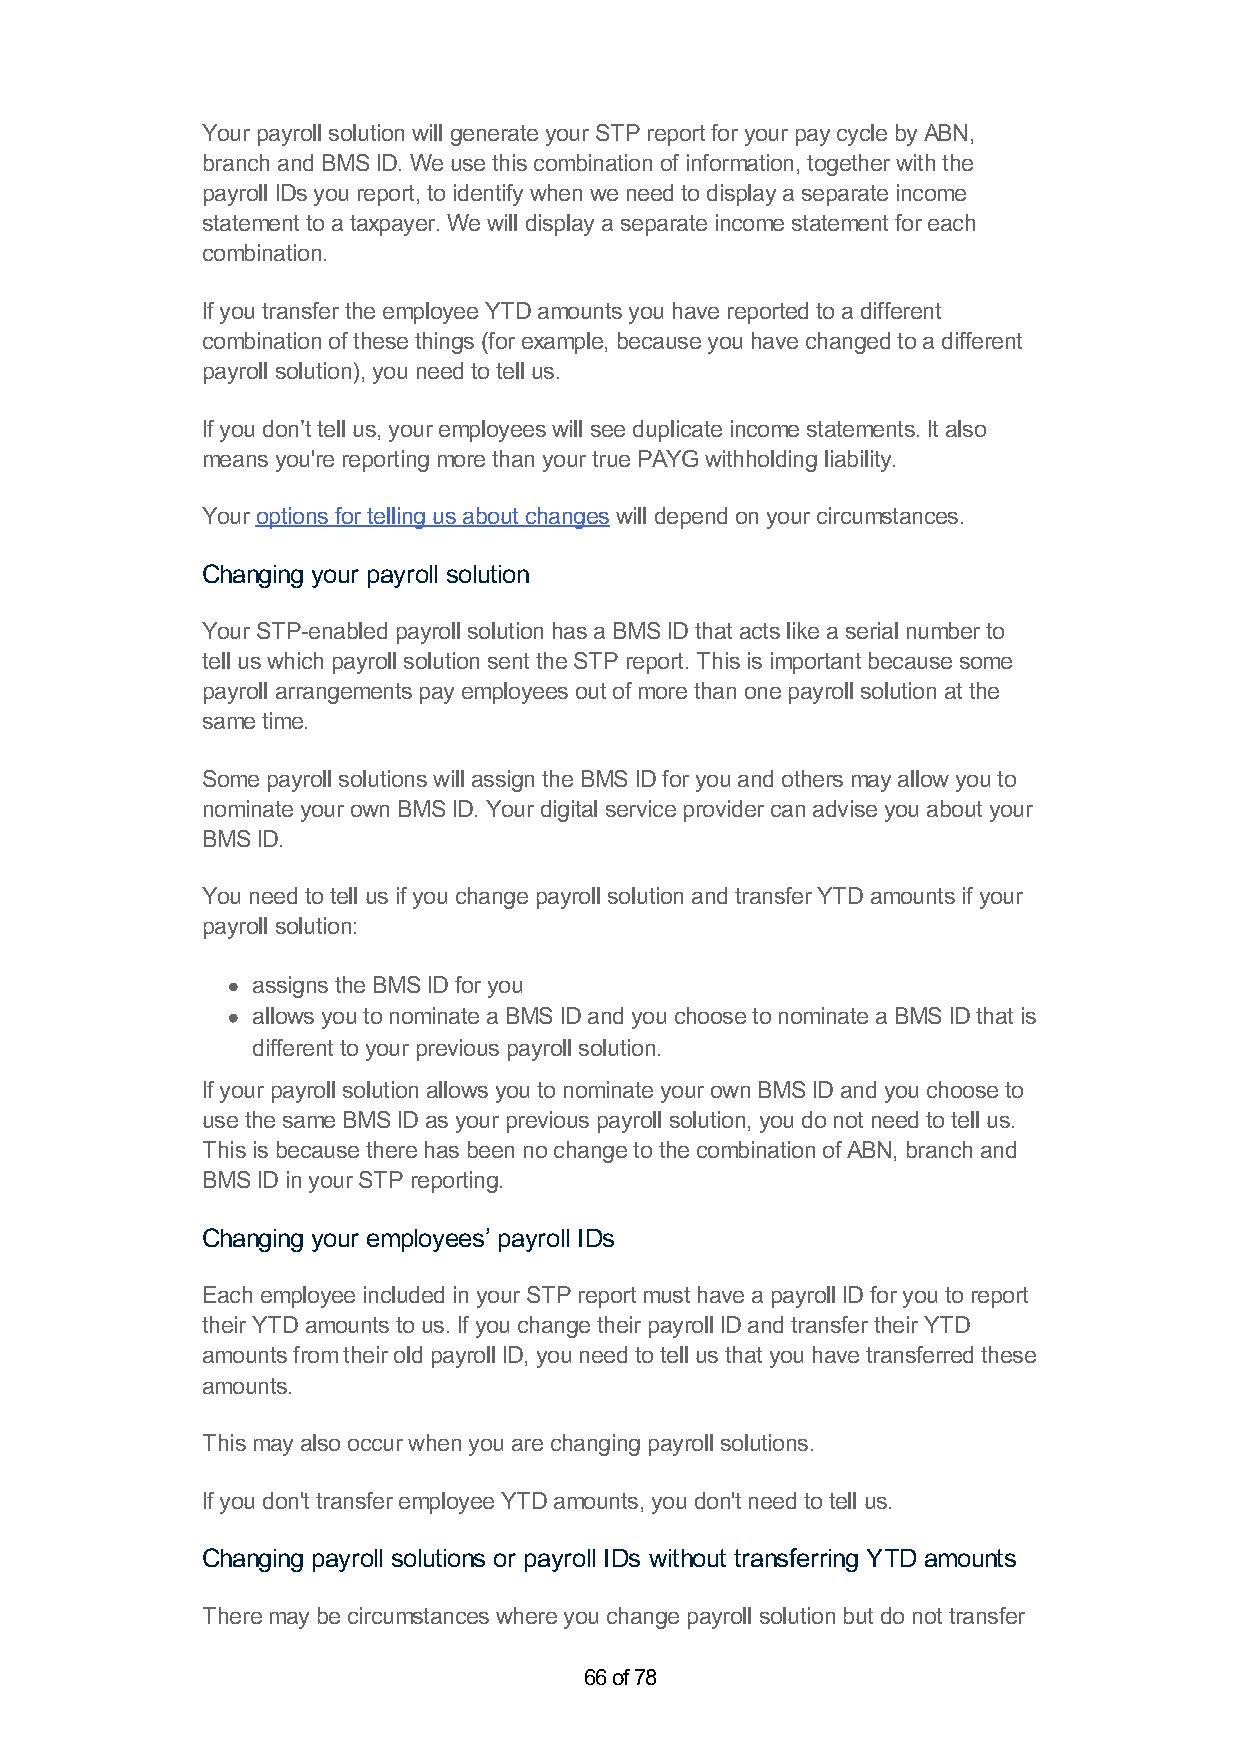
Your payroll solution will generate your STP report for your pay cycle by ABN,
 branch and BMS ID. We use this combination of information, together with the
 payroll IDs you report, to identify when we need to display a separate income
 statement to a taxpayer. We will display a separate income statement for each
 combination.
 If you transfer the employee YTD amounts you have reported to a different
 combination of these things (for example, because you have changed to a different
 payroll solution), you need to tell us.
 If you don’t tell us, your employees will see duplicate income statements. It also
 means you're reporting more than your true PAYG withholding liability.
 Your options for telling us about changes will depend on your circumstances.
 Changing your payroll solution
 Your STP-enabled payroll solution has a BMS ID that acts like a serial number to
 tell us which payroll solution sent the STP report. This is important because some
 payroll arrangements pay employees out of more than one payroll solution at the
 same time.
 Some payroll solutions will assign the BMS ID for you and others may allow you to
 nominate your own BMS ID. Your digital service provider can advise you about your
 BMS ID.
 You need to tell us if you change payroll solution and transfer YTD amounts if your
 payroll solution:
 assigns the BMS ID for you
 allows you to nominate a BMS ID and you choose to nominate a BMS ID that is
 different to your previous payroll solution.
 If your payroll solution allows you to nominate your own BMS ID and you choose to
 use the same BMS ID as your previous payroll solution, you do not need to tell us.
 This is because there has been no change to the combination of ABN, branch and
 BMS ID in your STP reporting.
 Changing your employees’ payroll IDs
 Each employee included in your STP report must have a payroll ID for you to report
 their YTD amounts to us. If you change their payroll ID and transfer their YTD
 amounts from their old payroll ID, you need to tell us that you have transferred these
 amounts.
 This may also occur when you are changing payroll solutions.
 If you don't transfer employee YTD amounts, you don't need to tell us.
 Changing payroll solutions or payroll IDs without transferring YTD amounts
 There may be circumstances where you change payroll solution but do not transfer
 66 of 78